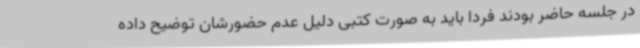
در جلسه حاضر بودند فردا باید به صورت کتبی دلیل عدم حضورشان توضیح داده